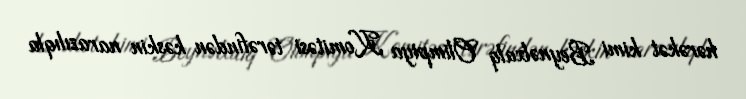
hərəkət kimi Beynəlxalq Olimpiya Komitəsi tərəfindən kəskin narazılıqla